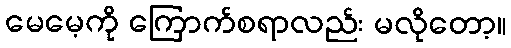
မေမေ့ကို ကြောက်စရာလည်း မလိုတော့။